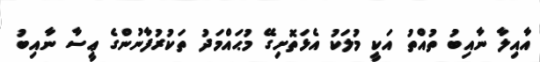
އާއިލާ ނާއިބު ތުއްތު އަކީ މުލަކު އެޅަތޮށިގޭ މުޙައްމަދު ތަކުރުފާނުންގެ ޢީސާ ނާއިބު